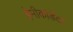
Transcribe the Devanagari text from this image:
हेमीकोर्डेटा